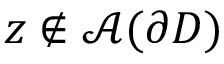
z \not \in \mathcal { A } ( \partial D )